Civil Veterinary Department. Madras. Admin. report 1926-33 - 1926-1933
Year: 1926
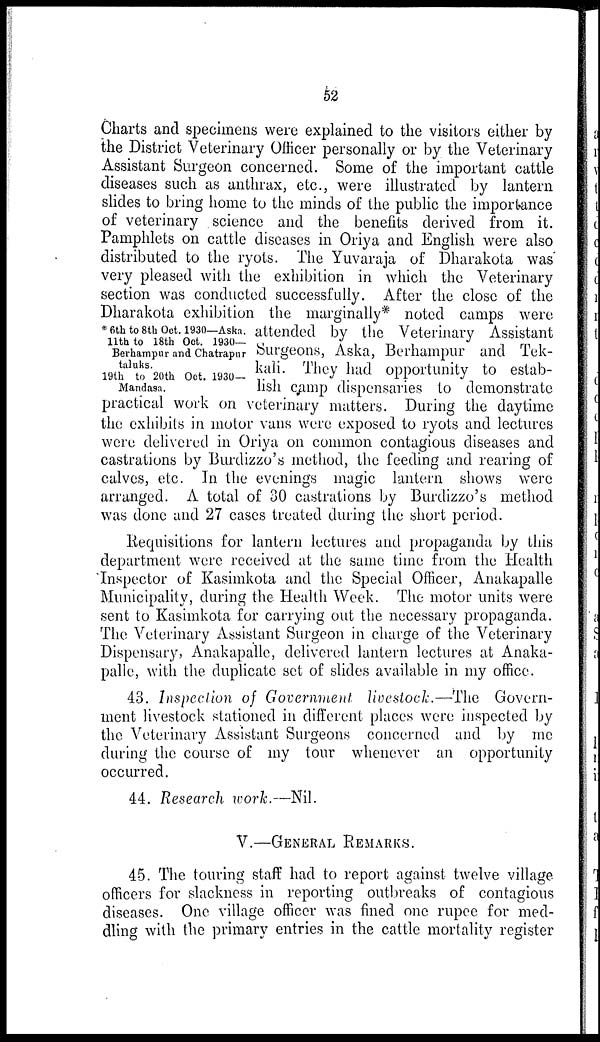
52
*6th to 8th Oct. 1930—Aska.
11th to 18th Oct. 1930—
Berhampur and Chatrapur
taluks.
19th to 20th Oct. 1930—
Mandasa.
Charts and specimens were explained to the visitors either by
the District Veterinary Officer personally or by the Veterinary
Assistant Surgeon concerned. Some of the important cattle
diseases such as anthrax, etc., were illustrated by lantern
slides to bring home to the minds of the public the importance
of veterinary science and the benefits derived from it.
Pamphlets on cattle diseases in Oriya and English were also
distributed to the ryots. The Yuvaraja of Dharakota was
very pleased with the exhibition in which the Veterinary
section was conducted successfully. After the close of the
Dharakota exhibition the marginally* noted camps were
attended by the Veterinary Assistant
Surgeons, Aska, Berhampur and Tek-
kali. They had opportunity to estab-
lish camp dispensaries to demonstrate
practical work on veterinary matters. During the daytime
the exhibits in motor vans were exposed to ryots and lectures
were delivered in Oriya on common contagious diseases and
castrations by Burdizzo's method, the feeding and rearing of
calves, etc. In the evenings magic lantern shows were
arranged. A total of 30 castrations by Burdizzo's method
was done and 27 cases treated during the short period.
Requisitions for lantern lectures and propaganda by this
department were received at the same time from the Health
Inspector of Kasimkota and the Special Officer, Anakapalle
Municipality, during the Health Week. The motor units were
sent to Kasimkota for carrying out the necessary propaganda.
The Veterinary Assistant Surgeon in charge of the Veterinary
Dispensary, Anakapalle, delivered lantern lectures at Anaka-
palle, with the duplicate set of slides available in my office.
43. Inspection of Government livestock.—The Govern-
ment livestock stationed in different places were inspected by
the Veterinary Assistant Surgeons concerned and by me
during the course of my tour whenever an opportunity
occurred.
44. Research work.—Nil.
V.—GENERAL REMARKS.
45. The touring staff had to report against twelve village
officers for slackness in reporting outbreaks of contagious
diseases. One village officer was fined one rupee for med-
dling with the primary entries in the cattle mortality register